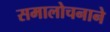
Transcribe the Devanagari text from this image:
समालोचनाने